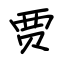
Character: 贾